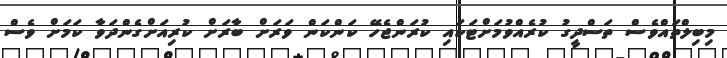
މިބިލްތައްވެސް ތަސްދީގު ކުރެއްވުމަށްޓަކައި ކުރަންޖެހޭ ކަންކަން ވަރަށް ބާރަށް ކުރިއަށްގެންދަވާ ކަމަށް ވެސް